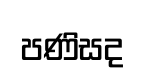
පණිසද